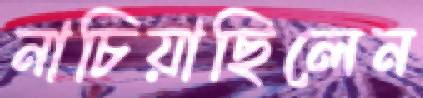
নাচিয়াছিলেন